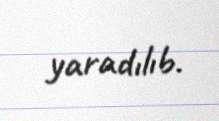
yaradılıb.